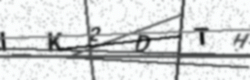
Text: IK2DTH